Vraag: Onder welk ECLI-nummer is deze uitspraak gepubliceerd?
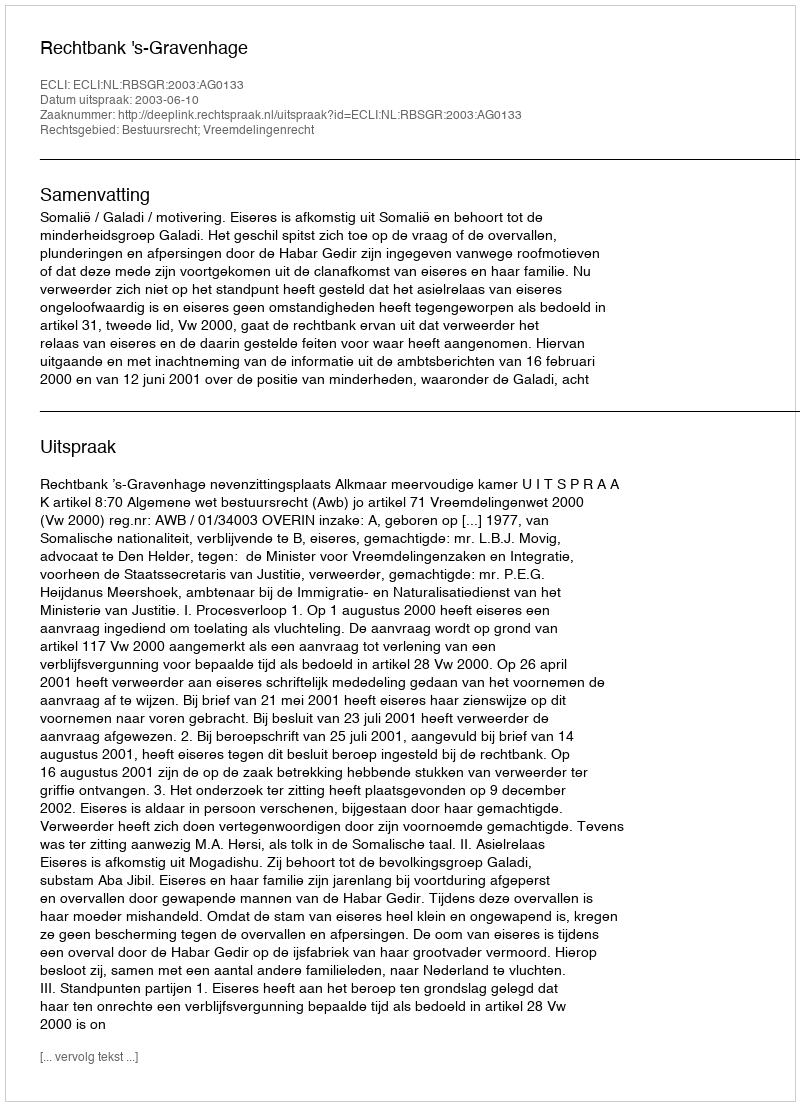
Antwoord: ECLI:NL:RBSGR:2003:AG0133